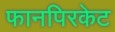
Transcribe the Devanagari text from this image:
फानपिरकेट